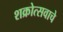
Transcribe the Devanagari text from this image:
शक्रोत्सवाचे